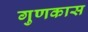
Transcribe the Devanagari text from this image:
गुणकास